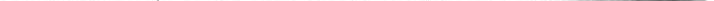
___